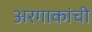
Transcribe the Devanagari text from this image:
अरगाकांची